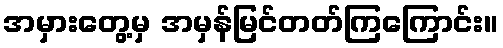
အမှားတွေ့မှ အမှန်မြင်တတ်ကြကြောင်း။